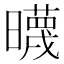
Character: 𣋻